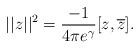
LaTeX: \begin{align*}|| z ||^2 =\frac{-1}{4\pi e^\gamma} [z , \overline{z}].\end{align*}